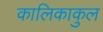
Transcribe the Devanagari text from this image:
कालिकाकुल